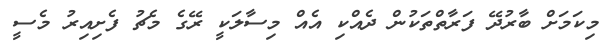
މިކަމަށް ބާރުދޭ ފަރާތްތަކުން ދެއްކި އެއް މިސާލަކީ ރޭގެ މެޗު ފެށިއިރު މެސީ